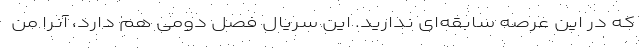
که در این عرصه سابقه‌ای ندارید. این سریال فصل دومی هم دارد، آنرا من